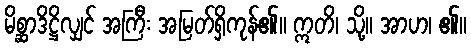
မိစ္ဆာဒိဋ္ဌိလျှင် အကြီး အမြတ်ရှိကုန်၏။ ဣတိ၊ သို့။ အာဟ၊ ၏။